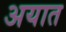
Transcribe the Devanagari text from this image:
अयात